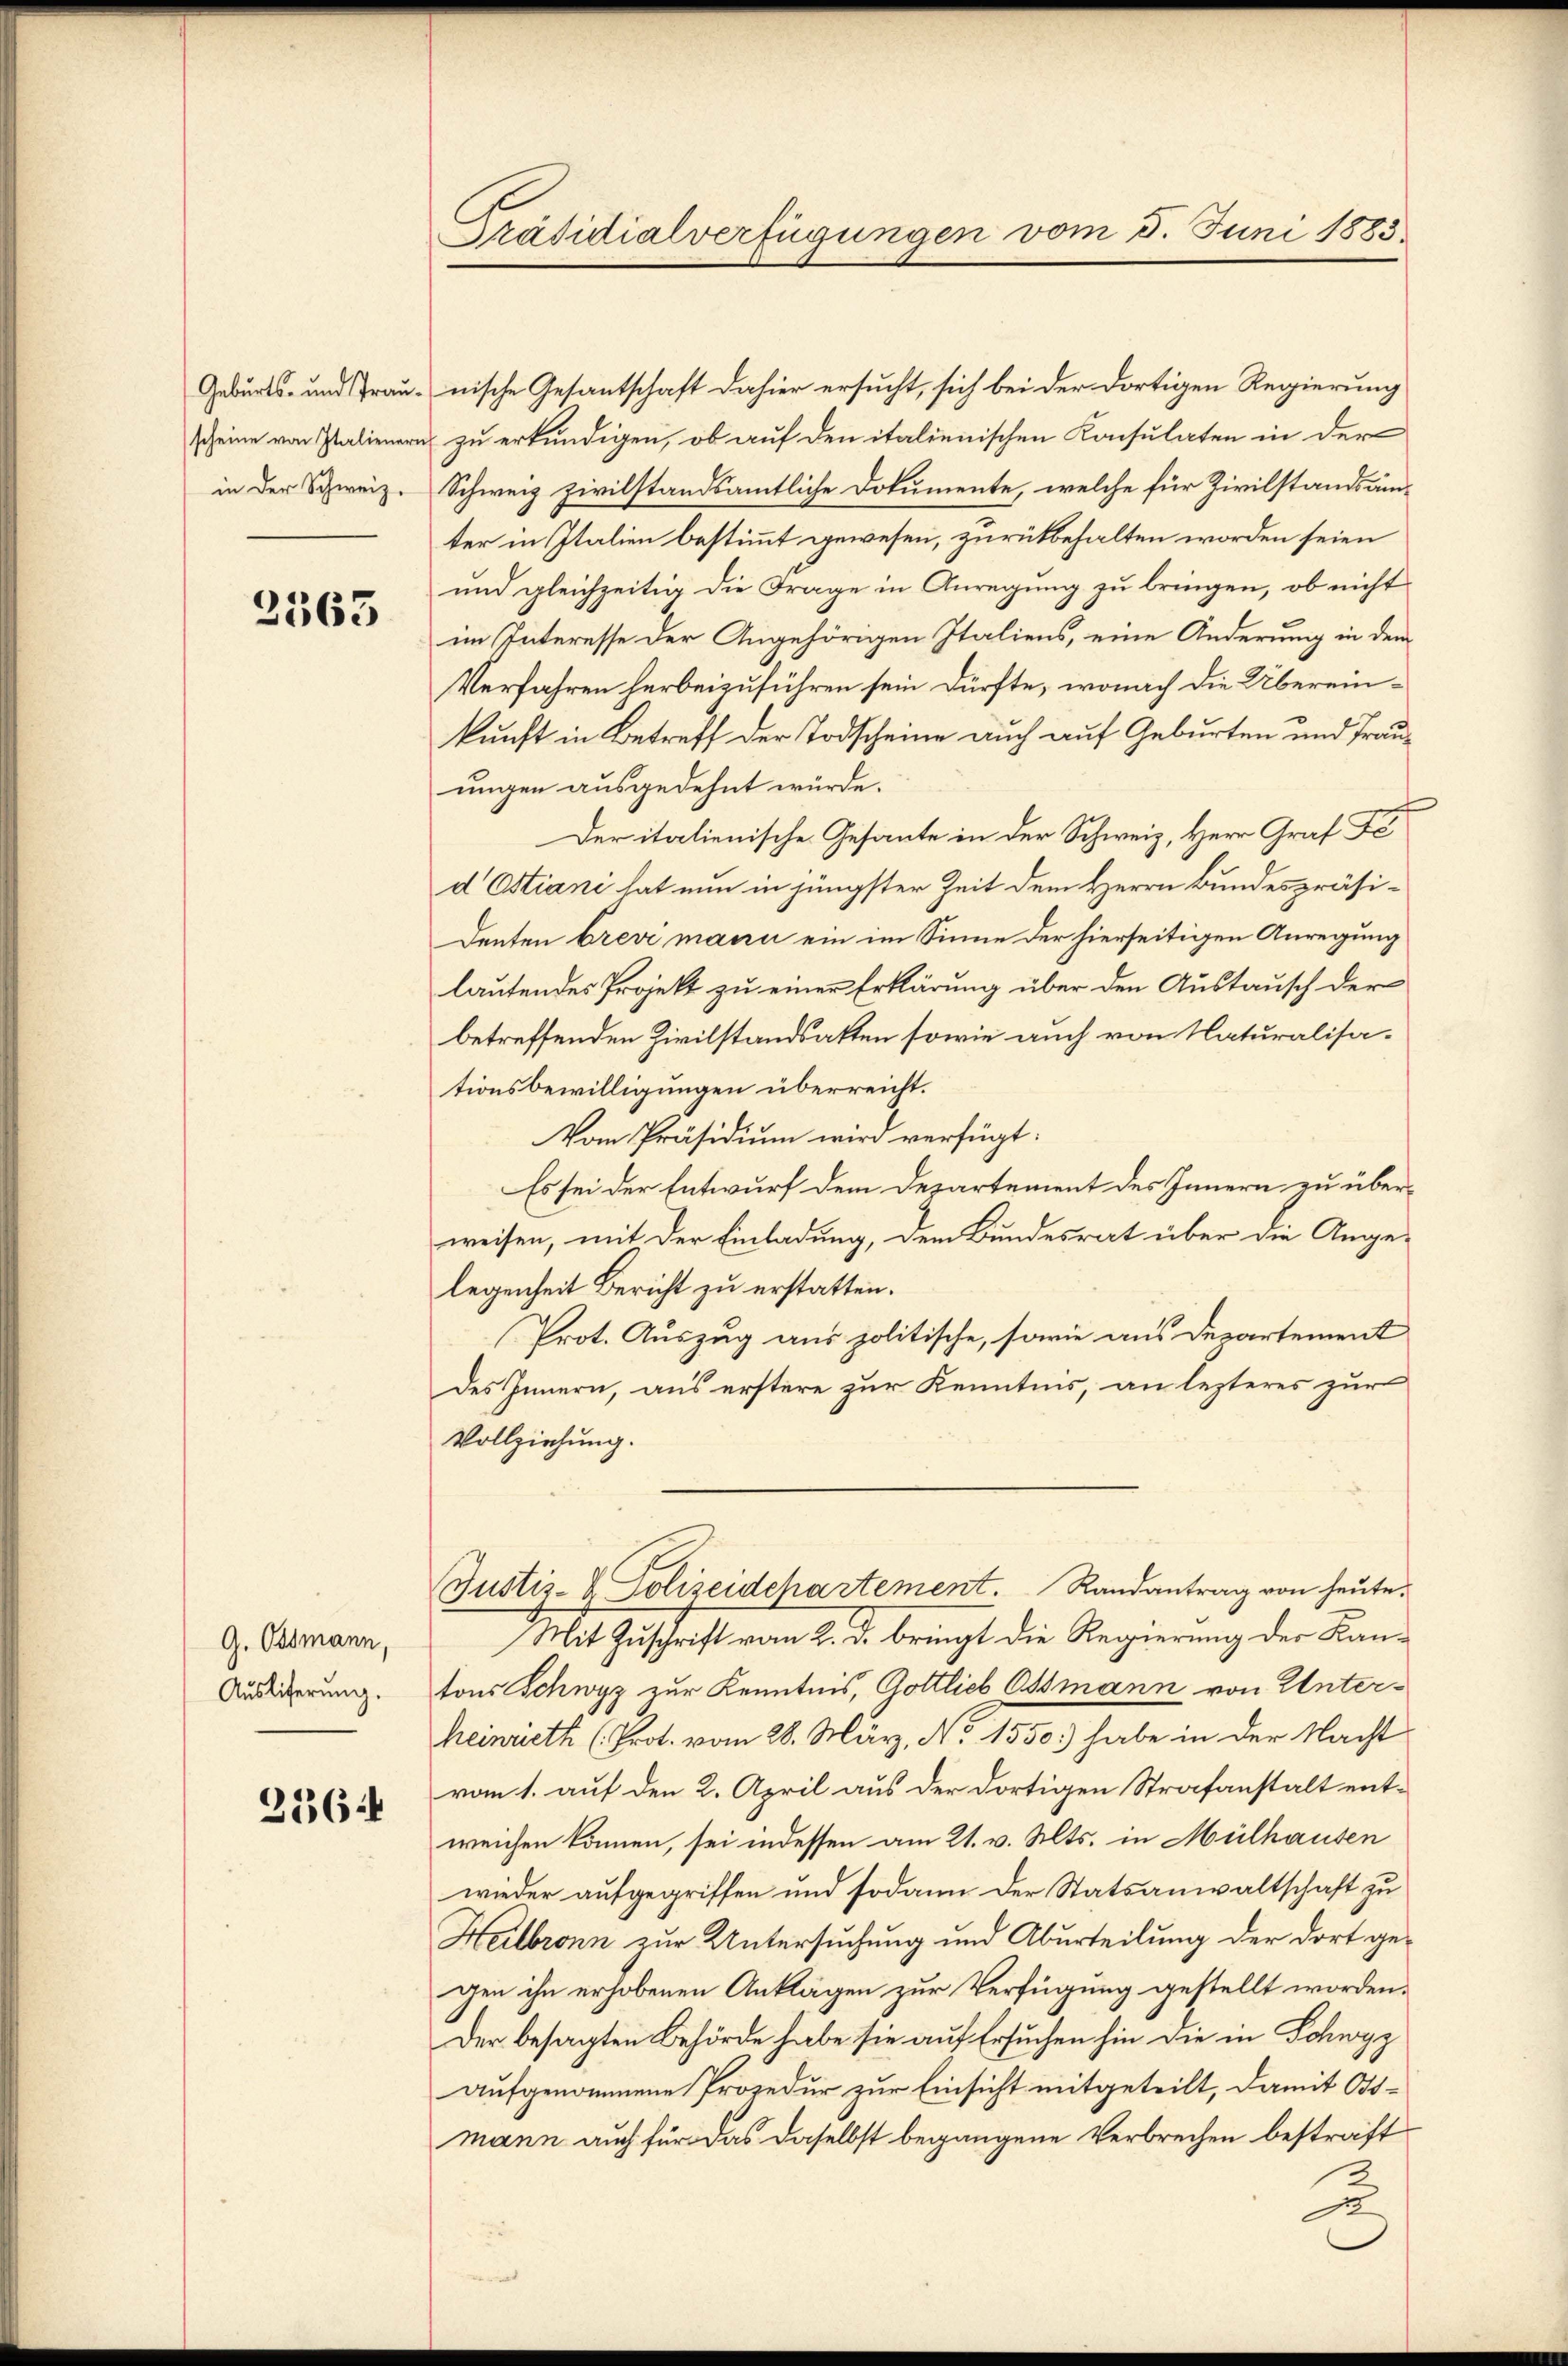
Geburts- und Trauscheine von Italienern
in der Schweiz.

2563

G. Ossmann,
Auslieferung.

2364

Präsidialverfügungen vom 5. Juni 1883.

nische Gesantschaft dahier ersucht, sich bei der dortigen Regierung
zu erkundigen, ob auf den italienischen Konsulaten in der
Schweiz zivilstandsamtliche Dokumente, welche für Zivilstandsämter in Italien bestimmt gewesen, zurückbehalten worden seien
und gleichzeitig die Frage in Anregung zu bringen, ob nicht
im Interesse der Angehörigen Italiens, eine Änderung in dem
Verfahren herbeizuführen sein dürfte, wonach die Übereinkunft in Betreff der Todscheine auch auf Geburten und Trauungen ausgedehnt würde.
Der italienische Gesante in der Schweiz, Herr Graf Fe
d Ostiani hat nun in jüngster Zeit dem Herrn Bundespräsidenten brevi mann ein im Sinne der hierseitigen Anregung
lautendes Projekt zu einer Erklärung über den Austausch der
betreffenden Zivilstandsakten sowie auch von Naturalisationsbewilligungen überreicht.
Vom Präsidium wird verfügt:
Es sei der Entwurf dem Departement des Innern zu überweisen, mit der Einladung, dem Bundesrat über die Angelegenheit Bericht zu erstatten.
Prot. Auszug aus politische, sowie aus Departement
des Innern, aus erstere zur Kenntnis, an lezteres zur
Vollziehung.
Justiz- & Polizeidchartement. Randantrag von heute.
Mit Zuschrift vom 2. d. bringt die Regierung des Kantons Schwyz zur Kenntnis, Gottlieb Ossmann von Unter¬
Heinrath (Prot. vom 28. März, N. 1550) habe in der Nacht
vom 1. auf den 2. April aus der dortigen Strafanstalt entweichen können, sei indessen am 21. v. Mts. in Mülhausen
wieder aufgegriffen und sodann der Statsanwaltschaft zu
Heilbronn zur Untersuchung und Aburteilung der dort gegen ihn erhobenen Anklägen zur Verfügung gestellt worden.
Der besagten Behörde habe sie auf Ersuchen hin die in Schwyz
aufgenommene Prozedur zur Einsicht mitgeteilt, damit Otmann auch für das daselbst begangene Verbrechen bestraft
e